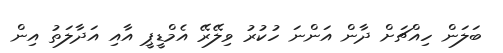
ބަލަން ހިއްޗަށް ދާން އަންނަ ހުކުރު ވިލޭރޭ އެމްޑީޕީ އާއި އަދާލަތު އިން